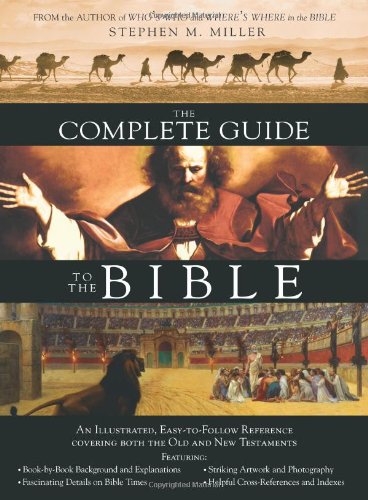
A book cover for The Complete Guide to the Bible; Stephen M. Miller; Christian Books & Bibles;